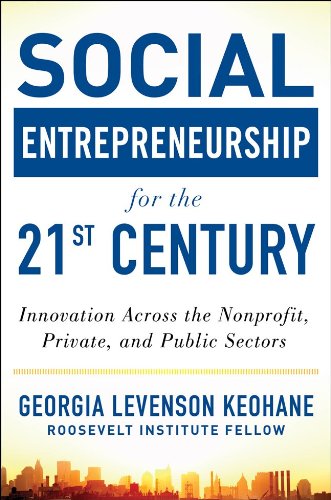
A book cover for Social Entrepreneurship for the 21st Century: Innovation Across the Nonprofit, Private, and Public Sectors; Georgia Levenson Keohane; Business & Money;